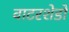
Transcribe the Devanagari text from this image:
वाटरशेडों